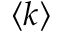
\langle k \rangle